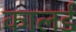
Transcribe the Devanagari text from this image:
कालर्ड